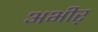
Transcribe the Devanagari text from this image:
अभीर्